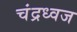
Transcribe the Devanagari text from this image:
चंद्रध्वज